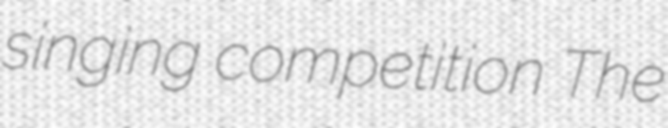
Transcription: singing competition The